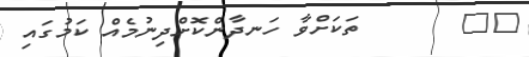
٨٧       ތަކަށްވާ ހަނދާންކޮށްދިނުމެއް ކަމުގައި